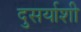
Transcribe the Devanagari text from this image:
दुसर्याशी